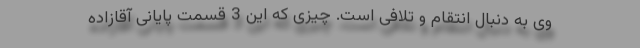
وی به دنبال انتقام و تلافی است. چیزی که این 3 قسمت پایانی آقازاده